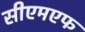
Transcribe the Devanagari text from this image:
सीएमएफ